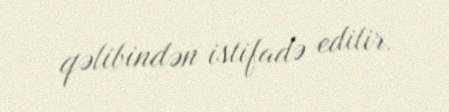
qəlibindən istifadə edilir.